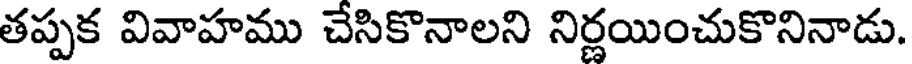
తప్పక వివాహము చేసికొనాలని నిర్ణయించుకొనినాడు.